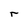
Character: r